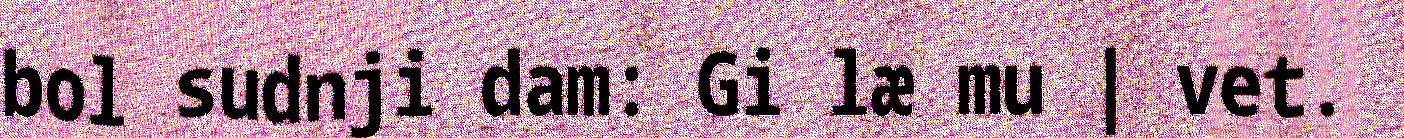
bol sudnji dam: Gi læ mu | vet.